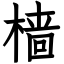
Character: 樯